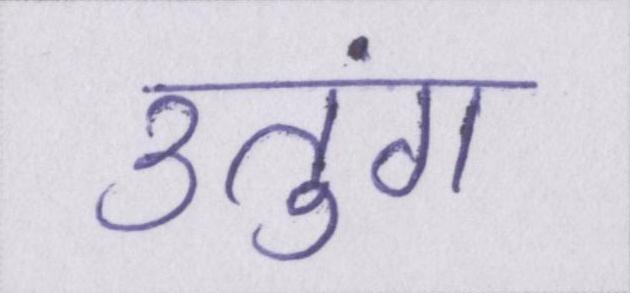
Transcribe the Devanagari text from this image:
उतुंग